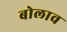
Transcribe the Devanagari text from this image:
बोलाव